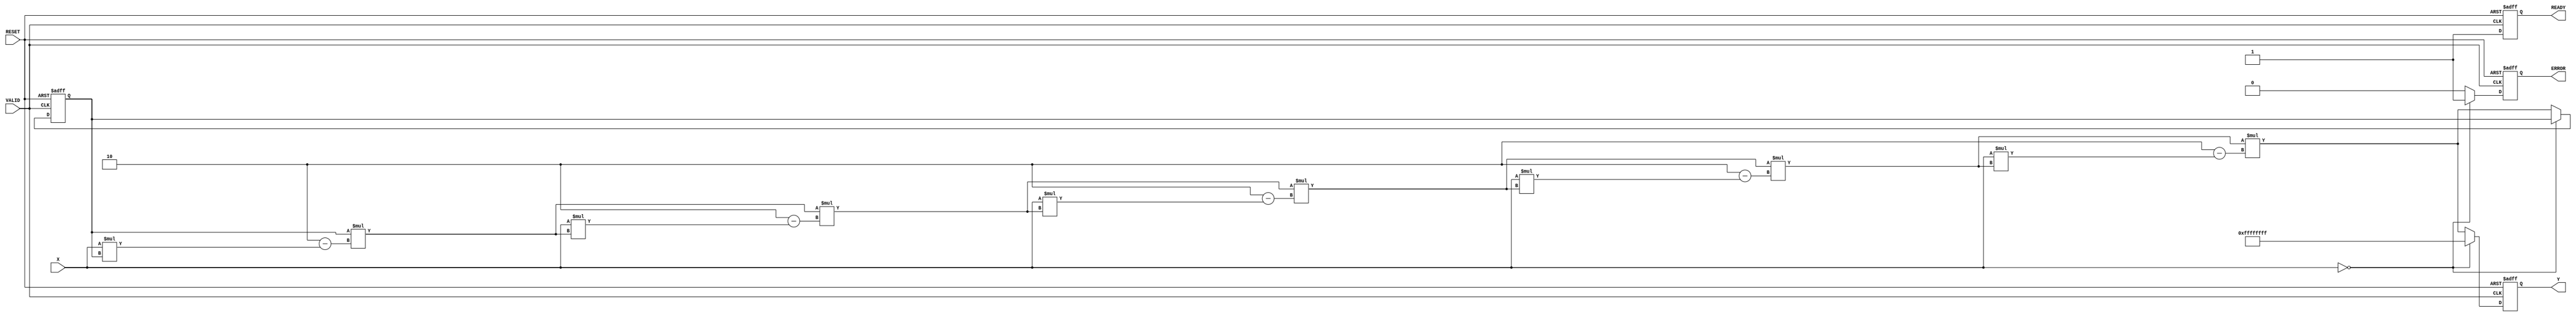
module ReciprocalUnit (
    input wire [31:0] X,        // Input Data
    input wire VALID,           // Valid Signal
    input wire RESET,           // Reset Signal
    output reg [31:0] Y,        // Reciprocal Output
    output reg READY,           // Ready Signal
    output reg ERROR            // Error Signal
);

// Internal state declaration
reg [31:0] temp;              // Intermediate variable for calculations
reg [4:0] count;              // Iteration counter
reg [31:0] reciprocal;        // Calculation result

// Parameters
parameter MAX_ITER = 5;      // Maximum iterations for Newton-Raphson

always @(posedge RESET or posedge VALID) begin
    if (RESET) begin
        // Reset all signals
        Y <= 32'h0;
        READY <= 0;
        ERROR <= 0;
        count <= 0;
        reciprocal <= 32'h0;
    end else if (VALID) begin
        // Check for division by zero
        if (X == 32'h0) begin
            ERROR <= 1;                 // Set error signal
            Y <= 32'hFFFFFFFF;          // Set output to a predefined error value (e.g., NaN)
            READY <= 1;                 // Output is ready despite the error condition
        end else begin
            ERROR <= 0;                 // Clear error signal
            // Initialize for recursion
            reciprocal <= 32'hFFFFFFFF / X; // Initial estimate
            count <= 0;
            temp = 0;
            READY <= 0;                 // Output not ready until calculation completes

            // Newton-Raphson iterations
            repeat (MAX_ITER) begin
                temp = reciprocal;                     // Store last result
                reciprocal = reciprocal * (2 - (X * reciprocal)); // Update using Newton-Raphson
                count = count + 1;
            end
            Y <= reciprocal;              // Store the computed reciprocal
            READY <= 1;                  // Indicate output is valid
        end
    end
end

endmodule